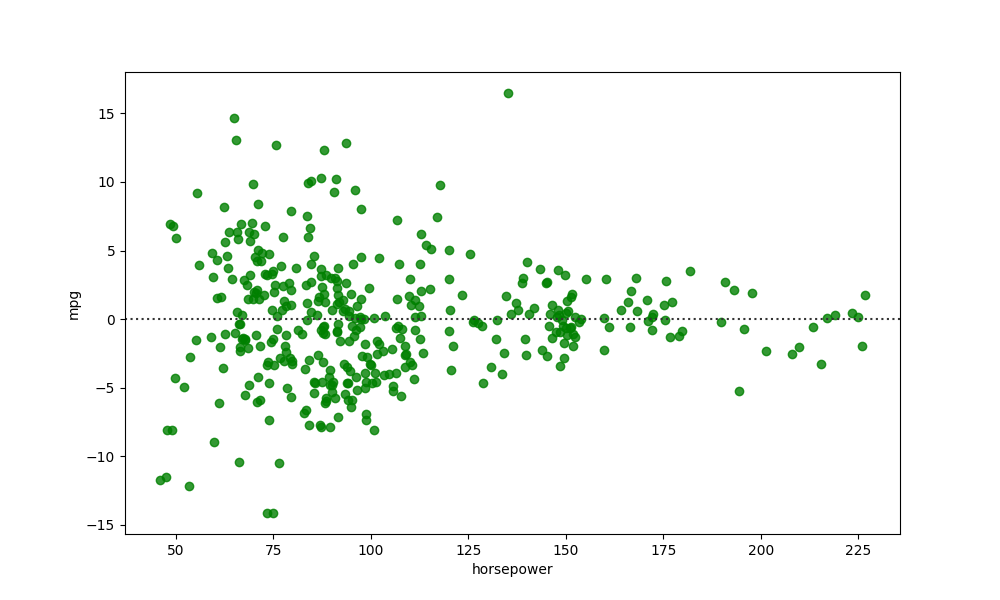
python, seaborn, residplot, lowess=False, scatter_color=green